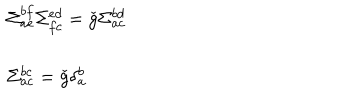
\begin{array} { l } { { \Sigma _ { a e } ^ { b f } \Sigma _ { f c } ^ { e d } = \check { g } \Sigma _ { a c } ^ { b d } } } \\ { { \ } } \\ { { \Sigma _ { a c } ^ { b c } = \check { g } \delta _ { a } ^ { b } } } \\ \end{array}